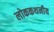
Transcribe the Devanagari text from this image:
लोककथनीय